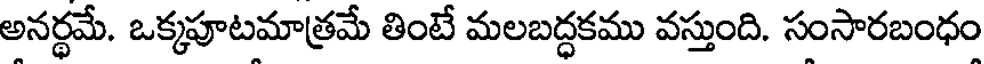
అనర్థమే. ఒక్కపూటమాత్రమే తింటే మలబద్ధకము వస్తుంది. సంసారబంధం